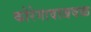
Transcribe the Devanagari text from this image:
कोरेगावाजवळ